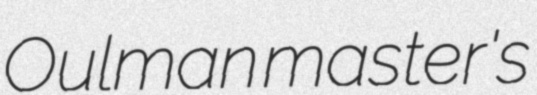
Oulman master's